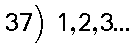
37) 1,2,3...